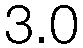
3.0